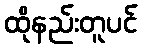
ထိုနည်းတူပင်